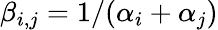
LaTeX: \beta_{i,j}=1/(\alpha_{i}+\alpha_{j})